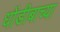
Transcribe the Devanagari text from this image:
धोंडीबाच्या